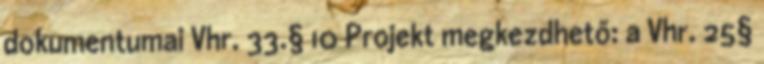
dokumentumai Vhr. 33.§ 10 Projekt megkezdhető: a Vhr. 25§